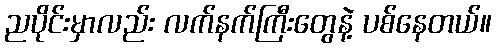
ညပိုင်းမှာလည်း လက်နက်ကြီးတွေနဲ့ ပစ်နေတယ်။